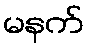
မနက်